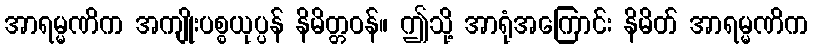
အာရမ္မဏိက အကျိုးပစ္စယုပ္ပန် နိမိတ္တဝန်။ ဤသို့ အာရုံအကြောင်း နိမိတ် အာရမ္မဏိက